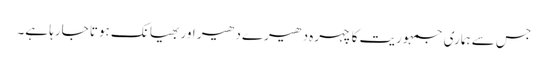
جس سے ہماری جمہوریت کا چہرہ دھیرے دھیر اور بھیانک ہوتا جارہا ہے۔